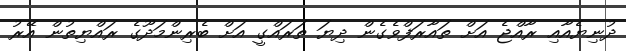
ދުނިޔެއާއި ރާއްޖެ އަށް ތައާރަފްވެގެން ދިޔަ ތަރައްގީ އަށް ބެރިންމަދޫގެ ރައްޔިތުން އޭރު